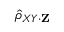
{ \hat { \rho } } _ { X Y \cdot \mathbf { Z } }